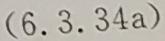
$(6.3.34a)$